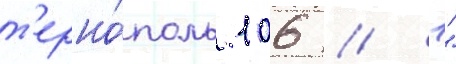
т'ерно́поль 106 // 1"